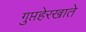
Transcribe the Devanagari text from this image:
गुप्तहेरखाते